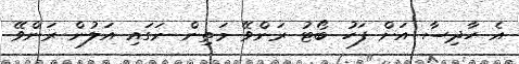
އެ ހާދިސާ އަށް ފަހު ބޯޓު ރަންވޭ މަތިން ނަގައި އަލުން ރަންވޭ